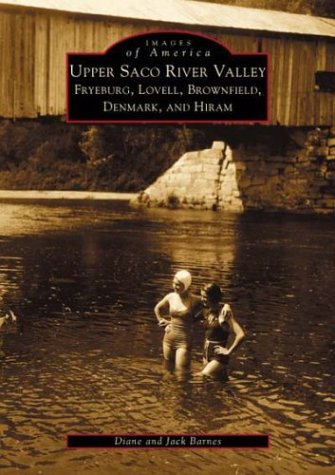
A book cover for Upper  Saco  River  Valley:  Fryeburg,  Lovell,  Brownfield,  Denmark,  and  Hiram   (ME)  (Images  of  America); Diane  Barnes; Travel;